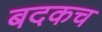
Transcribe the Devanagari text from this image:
बदकच